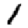
Digit: 1